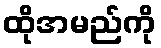
ထိုအမည်ကို